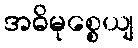
အဓိမုစ္စေယျ